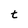
Character: t